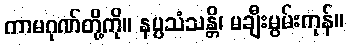
ကာမဂုဏ်တို့ကို။ နပ္ပသံသန္တိ၊ မချီးမွမ်းကုန်။